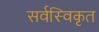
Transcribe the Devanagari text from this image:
सर्वस्विकृत